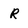
Character: R